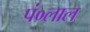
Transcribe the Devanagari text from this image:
पं०लाल